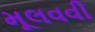
મૂલવવી